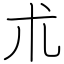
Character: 朮